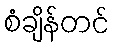
စံချိန်တင်